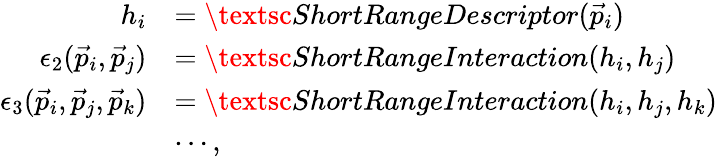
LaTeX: \begin{array}{rl}{h_{i}}&{=\textsc{ShortRangeDescriptor}(\vec{p}_{i})}\\ {\epsilon_{2}(\vec{p}_{i},\vec{p}_{j})}&{=\textsc{ShortRangeInteraction}(h_{i},h_{j})}\\ {\epsilon_{3}(\vec{p}_{i},\vec{p}_{j},\vec{p}_{k})}&{=\textsc{ShortRangeInteraction}(h_{i},h_{j},h_{k})}\\ &{\cdots,}\end{array}